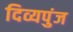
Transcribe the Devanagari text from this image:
दिव्यपुंज